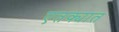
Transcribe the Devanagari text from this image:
एतक्यात